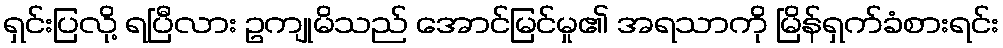
ရှင်းပြလို့ ရပြီလား ဥကျုမိသည် အောင်မြင်မှု၏ အရသာကို မြိန်ရှက်ခံစားရင်း